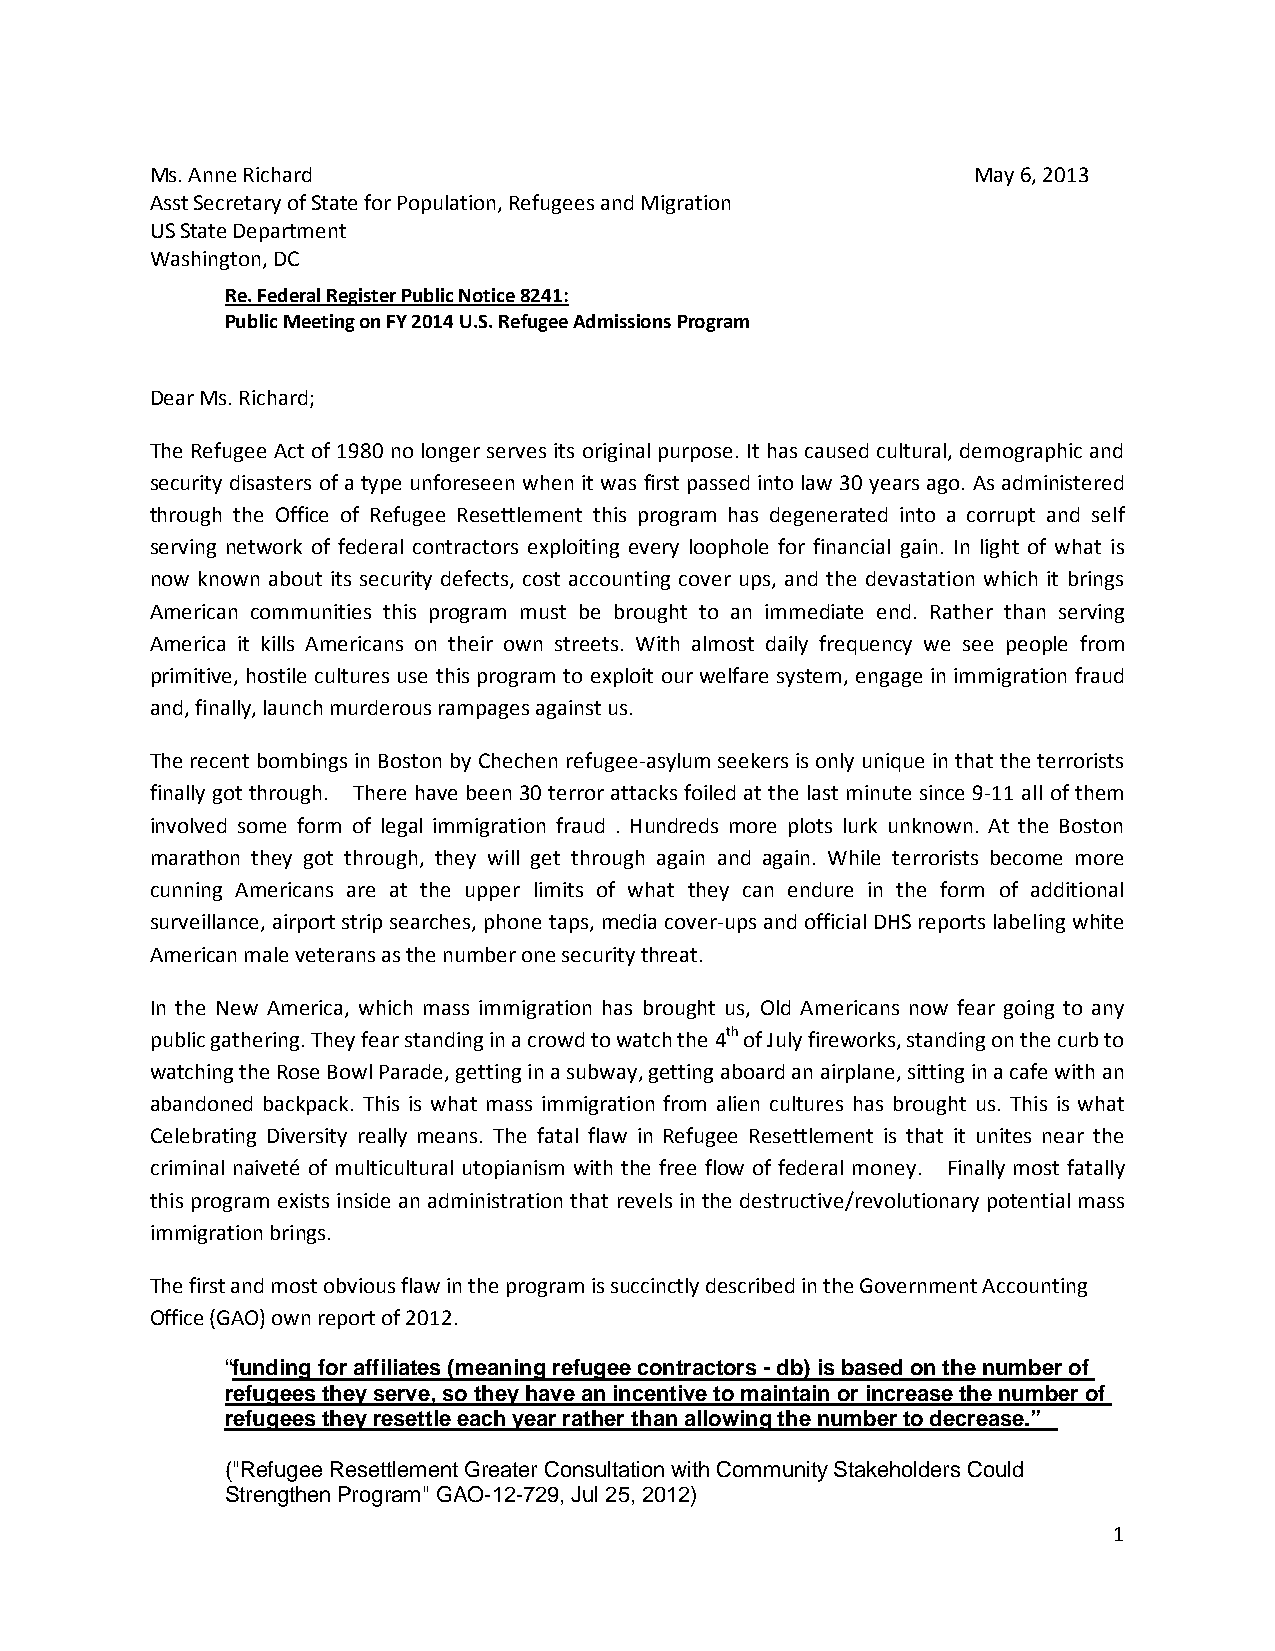
Ms. Anne Richard                                       May 6, 2013
 Asst Secretary of State for Population, Refugees and Migration
 US State Department
 Washington, DC
 Re. Federal Register Public Notice 8241:
 Public Meeting on FY 2014 U.S. Refugee Admissions Program
 Dear Ms. Richard;
 The Refugee Act of 1980 no longer serves its original purpose. It has caused cultural, demographic and
 security disasters of a type unforeseen when it was first passed into law 30 years ago. As administered
 through the Office of Refugee Resettlement this program has degenerated into a corrupt and self
 serving network of federal contractors exploiting every loophole for financial gain. In light of what is
 now known about its security defects, cost accounting cover ups, and the devastation which it brings
 American communities this program must be brought to an immediate end. Rather than serving
 America it kills Americans on their own streets. With almost daily frequency we see people from
 primitive, hostile cultures use this program to exploit our welfare system, engage in immigration fraud
 and, finally, launch murderous rampages against us.
 The recent bombings in Boston by Chechen refugee-asylum seekers is only unique in that the terrorists
 finally got through. There have been 30 terror attacks foiled at the last minute since 9-11 all of them
 involved some form of legal immigration fraud . Hundreds more plots lurk unknown. At the Boston
 marathon they got through, they will get through again and again. While terrorists become more
 cunning Americans are at the upper limits of what they can endure in the form of additional
 surveillance, airport strip searches, phone taps, media cover-ups and official DHS reports labeling white
 American male veterans as the number one security threat.
 In the New America, which mass immigration has brought us, Old Americans now fear going to any
 public gathering. They fear standing in a crowd to watch the 4th of July fireworks, standing on the curb to
 watching the Rose Bowl Parade, getting in a subway, getting aboard an airplane, sitting in a cafe with an
 abandoned backpack. This is what mass immigration from alien cultures has brought us. This is what
 Celebrating Diversity really means. The fatal flaw in Refugee Resettlement is that it unites near the
 criminal naiveté of multicultural utopianism with the free flow of federal money. Finally most fatally
 this program exists inside an administration that revels in the destructive/revolutionary potential mass
 immigration brings.
 The first and most obvious flaw in the program is succinctly described in the Government Accounting
 Office (GAO) own report of 2012.
 “funding for affiliates (meaning refugee contractors - db) is based on the number of
 refugees they serve, so they have an incentive to maintain or increase the number of
 refugees they resettle each year rather than allowing the number to decrease.”
 ("Refugee Resettlement Greater Consultation with Community Stakeholders Could
 Strengthen Program" GAO-12-729, Jul 25, 2012)
 1